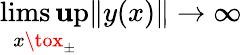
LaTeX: \operatorname*{lims\mathbf{u}p}_{x\tox_{\pm}}\| y(x)\| \to\infty